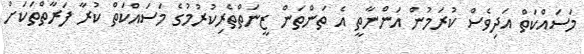
މަސައްކަތް އަދިވެސް ކުރަމުން އަންނާތީ އެ ތަންތަން ޒީނަތްތެރިކުރުމުގެ މަސައްކަތް ކުރާ ފަރާތްތަކަށް